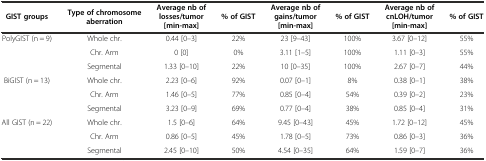
<table><thead><tr><td><b>GIST groups</b></td><td><b>Type of chromosome aberration</b></td><td><b>Average nb of losses/tumor [min-max]</b></td><td><b>% of GIST</b></td><td><b>Average nb of gains/tumor [min-max]</b></td><td><b>% of GIST</b></td><td><b>Average nb of cnLOH/tumor [min-max]</b></td><td><b>% of GIST</b></td></tr></thead><tbody><tr><td rowspan="3">PolyGIST (n = 9)</td><td>Whole chr.</td><td>0.44 [0–3]</td><td>22%</td><td>23 [9–43]</td><td>100%</td><td>3.67 [0–12]</td><td>55%</td></tr><tr><td>Chr. Arm</td><td>0 [0]</td><td>0%</td><td>3.11 [1–5]</td><td>100%</td><td>1.11 [0–3]</td><td>55%</td></tr><tr><td>Segmental</td><td>1.33 [0–10]</td><td>22%</td><td>10 [0–35]</td><td>100%</td><td>2.67 [0–7]</td><td>44%</td></tr><tr><td rowspan="3">BiGIST (n = 13)</td><td>Whole chr.</td><td>2.23 [0–6]</td><td>92%</td><td>0.07 [0–1]</td><td>8%</td><td>0.38 [0–1]</td><td>38%</td></tr><tr><td>Chr. Arm</td><td>1.46 [0–5]</td><td>77%</td><td>0.85 [0–4]</td><td>54%</td><td>0.39 [0–2]</td><td>23%</td></tr><tr><td>Segmental</td><td>3.23 [0–9]</td><td>69%</td><td>0.77 [0–4]</td><td>38%</td><td>0.85 [0–4]</td><td>31%</td></tr><tr><td rowspan="3">All GIST (n = 22)</td><td>Whole chr.</td><td>1.5 [0–6]</td><td>64%</td><td>9.45 [0–43]</td><td>45%</td><td>1.72 [0–12]</td><td>45%</td></tr><tr><td>Chr. Arm</td><td>0.86 [0–5]</td><td>45%</td><td>1.78 [0–5]</td><td>73%</td><td>0.86 [0–3]</td><td>36%</td></tr><tr><td>Segmental</td><td>2.45 [0–10]</td><td>50%</td><td>4.54 [0–35]</td><td>64%</td><td>1.59 [0–7]</td><td>36%</td></tr></tbody></table>